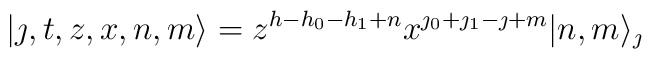
|\jmath,t,z,x,n,m\rangle =z^{h-h_0-h_1+n}x^{\jmath_0+\jmath_1-\jmath+m} |n,m\rangle_{\jmath}